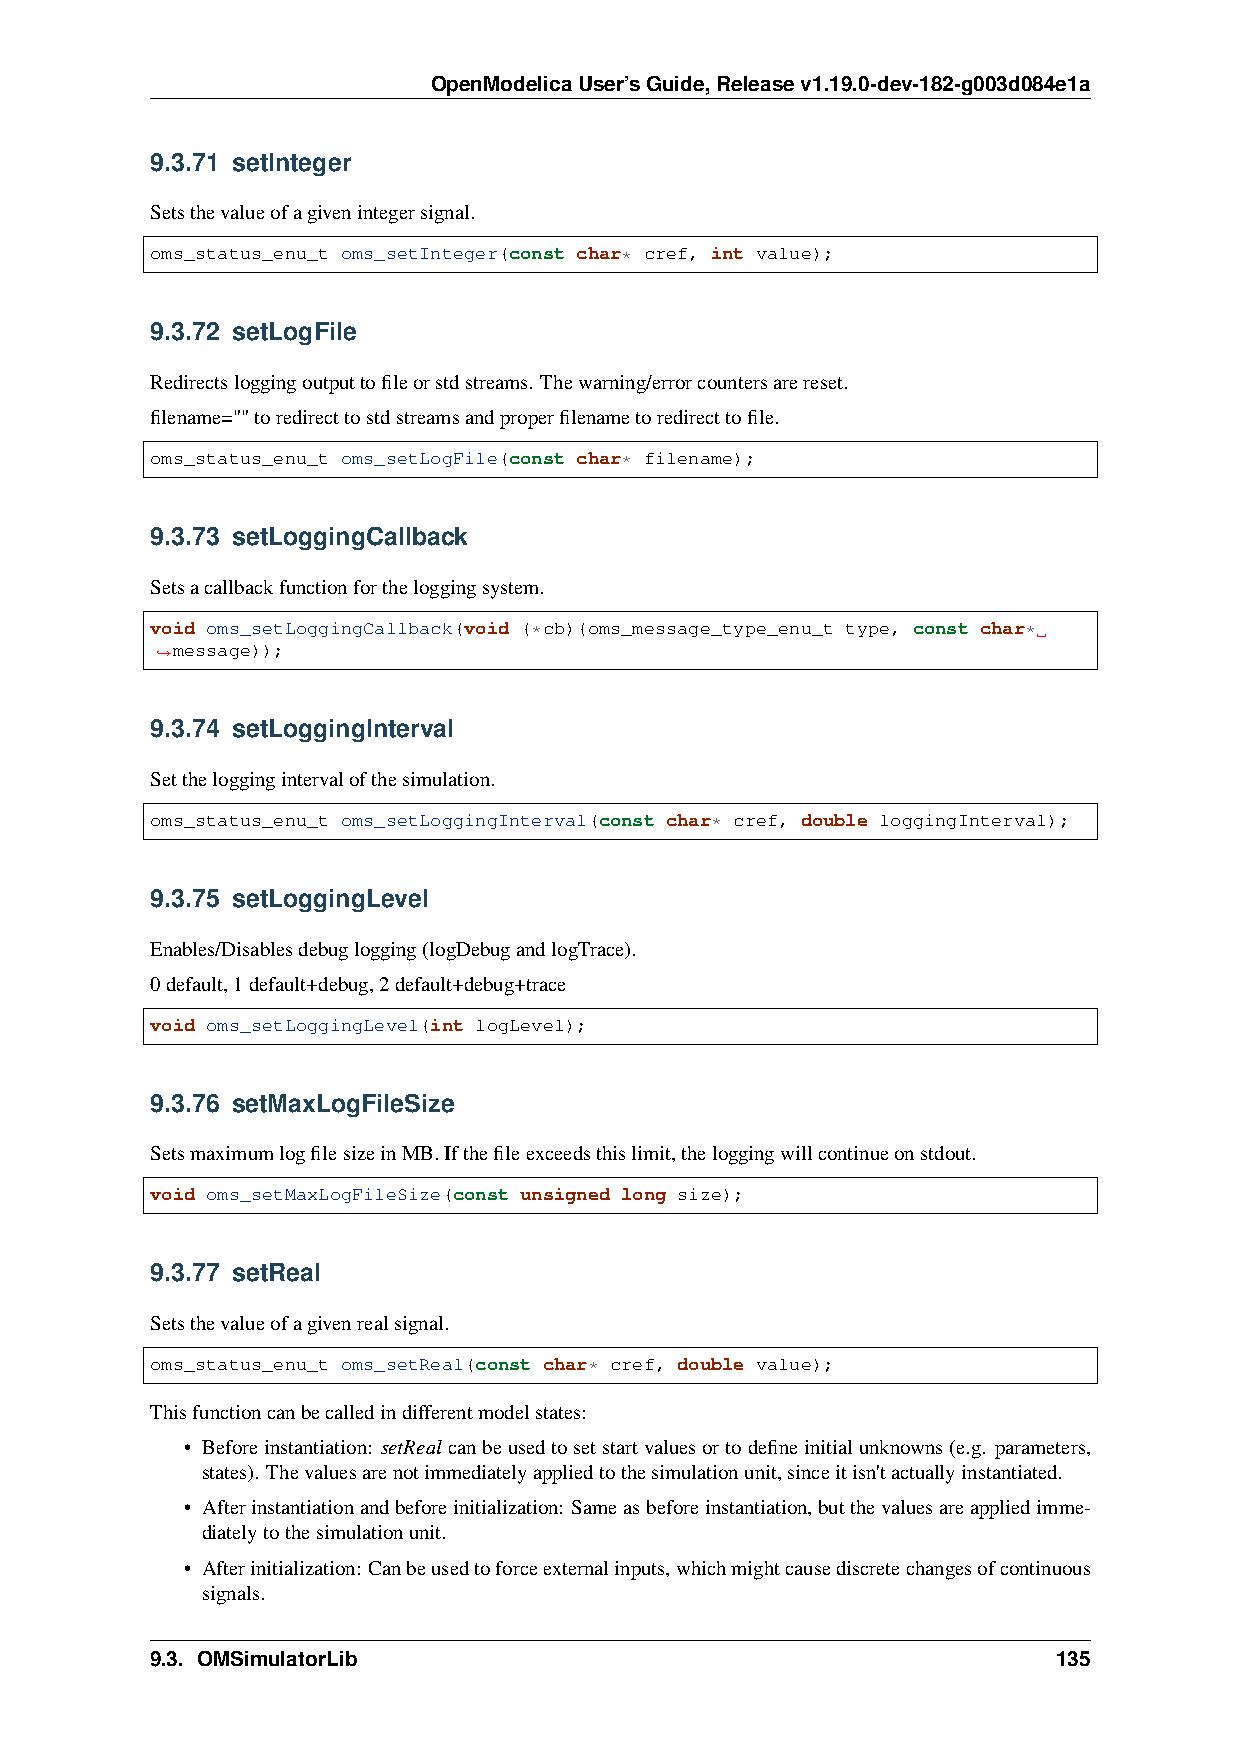
OpenModelicaUser’sGuide,Releasev1.19.0-dev-182-g003d084e1a
 9.3.71 setInteger
 Setsthevalueofagivenintegersignal.
 oms_status_enu_t oms_setInteger(const char* cref, int value);
 9.3.72 setLogFile
 Redirectsloggingoutputtofileorstdstreams. Thewarning/errorcountersarereset.
 filename=""toredirecttostdstreamsandproperfilenametoredirecttofile.
 oms_status_enu_t oms_setLogFile(const char* filename);
 9.3.73 setLoggingCallback
 Setsacallbackfunctionfortheloggingsystem.
 void oms_setLoggingCallback(void (*cb)(oms_message_type_enu_t type, const char*
 message));
 ˓→
 9.3.74 setLoggingInterval
 Settheloggingintervalofthesimulation.
 oms_status_enu_t oms_setLoggingInterval(const char* cref, double loggingInterval);
 9.3.75 setLoggingLevel
 Enables/Disablesdebuglogging(logDebugandlogTrace).
 0default,1default+debug,2default+debug+trace
 void oms_setLoggingLevel(int logLevel);
 9.3.76 setMaxLogFileSize
 SetsmaximumlogfilesizeinMB.Ifthefileexceedsthislimit,theloggingwillcontinueonstdout.
 void oms_setMaxLogFileSize(const unsigned long size);
 9.3.77 setReal
 Setsthevalueofagivenrealsignal.
 oms_status_enu_t oms_setReal(const char* cref, double value);
 Thisfunctioncanbecalledindifferentmodelstates:
 • Beforeinstantiation: setRealcanbeusedtosetstartvaluesortodefineinitialunknowns(e.g. parameters,
 states). Thevaluesarenotimmediatelyappliedtothesimulationunit,sinceitisn'tactuallyinstantiated.
 • Afterinstantiationandbeforeinitialization: Sameasbeforeinstantiation,butthevaluesareappliedimme-
 diatelytothesimulationunit.
 • Afterinitialization: Canbeusedtoforceexternalinputs,whichmightcausediscretechangesofcontinuous
 signals.
 9.3. OMSimulatorLib                                         135